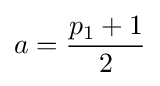
a={\frac {p_{1}+1}{2}}